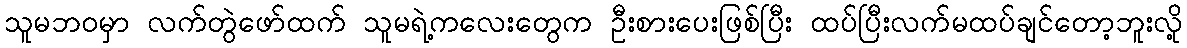
သူမဘဝမှာ လက်တွဲဖော်ထက် သူမရဲ့ကလေးတွေက ဦးစားပေးဖြစ်ပြီး ထပ်ပြီးလက်မထပ်ချင်တော့ဘူးလို့